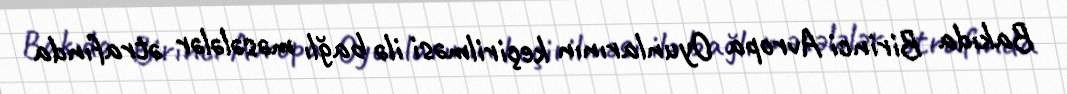
Bakıda Birinci Avropa Oyunlarının keçirilməsi ilə bağlı məsələlər ətrafında